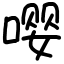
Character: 嘤